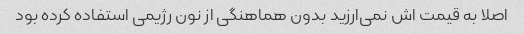
اصلا به قیمت اش نمی‌ارزید بدون هماهنگی از نون رژیمی استفاده کرده بود